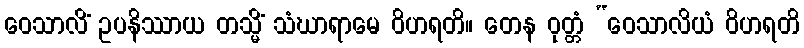
ဝေသာလိံ ဥပနိဿာယ တသ္မိံ သံဃာရာမေ ဝိဟရတိ။ တေန ဝုတ္တံ “ဝေသာလိယံ ဝိဟရတိ